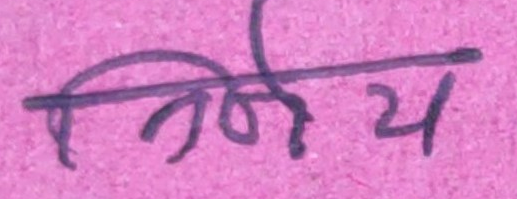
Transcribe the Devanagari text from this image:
निर्णय